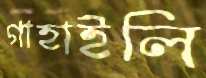
গাহাইলি